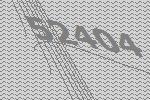
52404